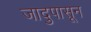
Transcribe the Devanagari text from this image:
जादुपासून